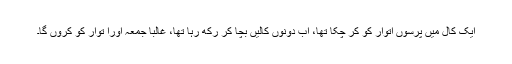
ایک کال میں پرسوں اتوار کو کر چکا تھا، اب دونوں کالیں بچا کر رکھ رہا تھا، غالباً جمعہ اورا توار کو کروں گا۔